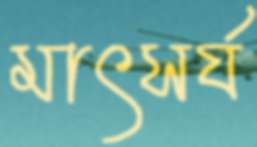
মাৎসর্য